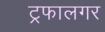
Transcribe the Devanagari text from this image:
ट्रफालगर